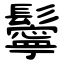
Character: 鬡